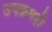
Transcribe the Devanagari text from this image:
उपक्रमहीे